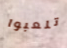
تلعبوا